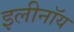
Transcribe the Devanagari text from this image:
इलीनॉय